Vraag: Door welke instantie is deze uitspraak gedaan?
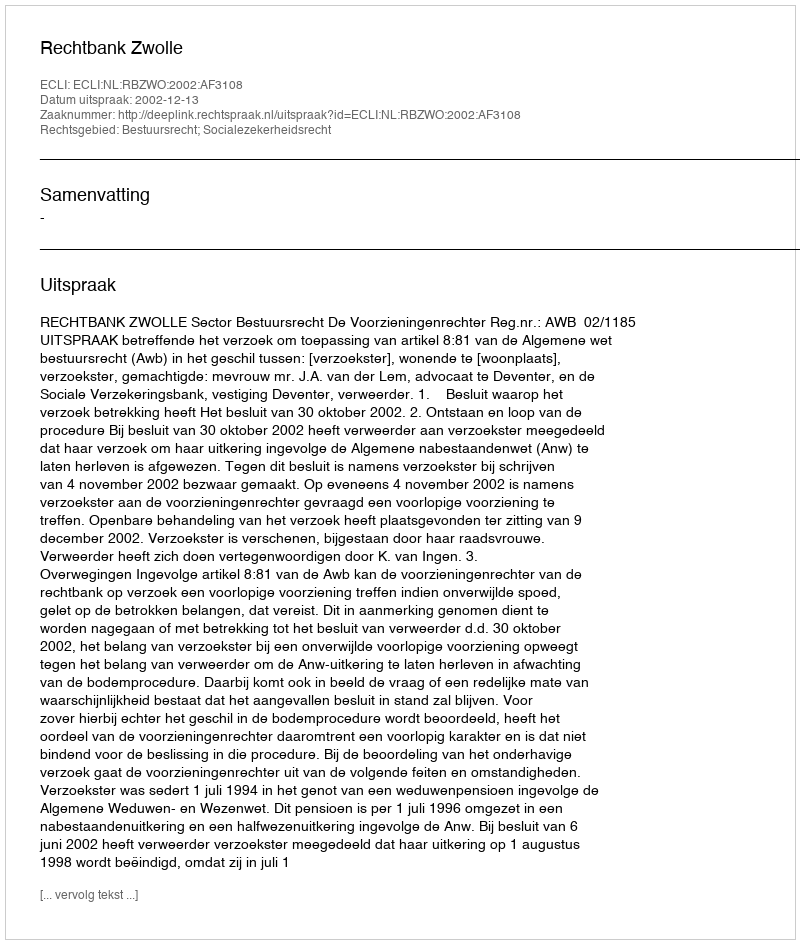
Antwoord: Rechtbank Zwolle